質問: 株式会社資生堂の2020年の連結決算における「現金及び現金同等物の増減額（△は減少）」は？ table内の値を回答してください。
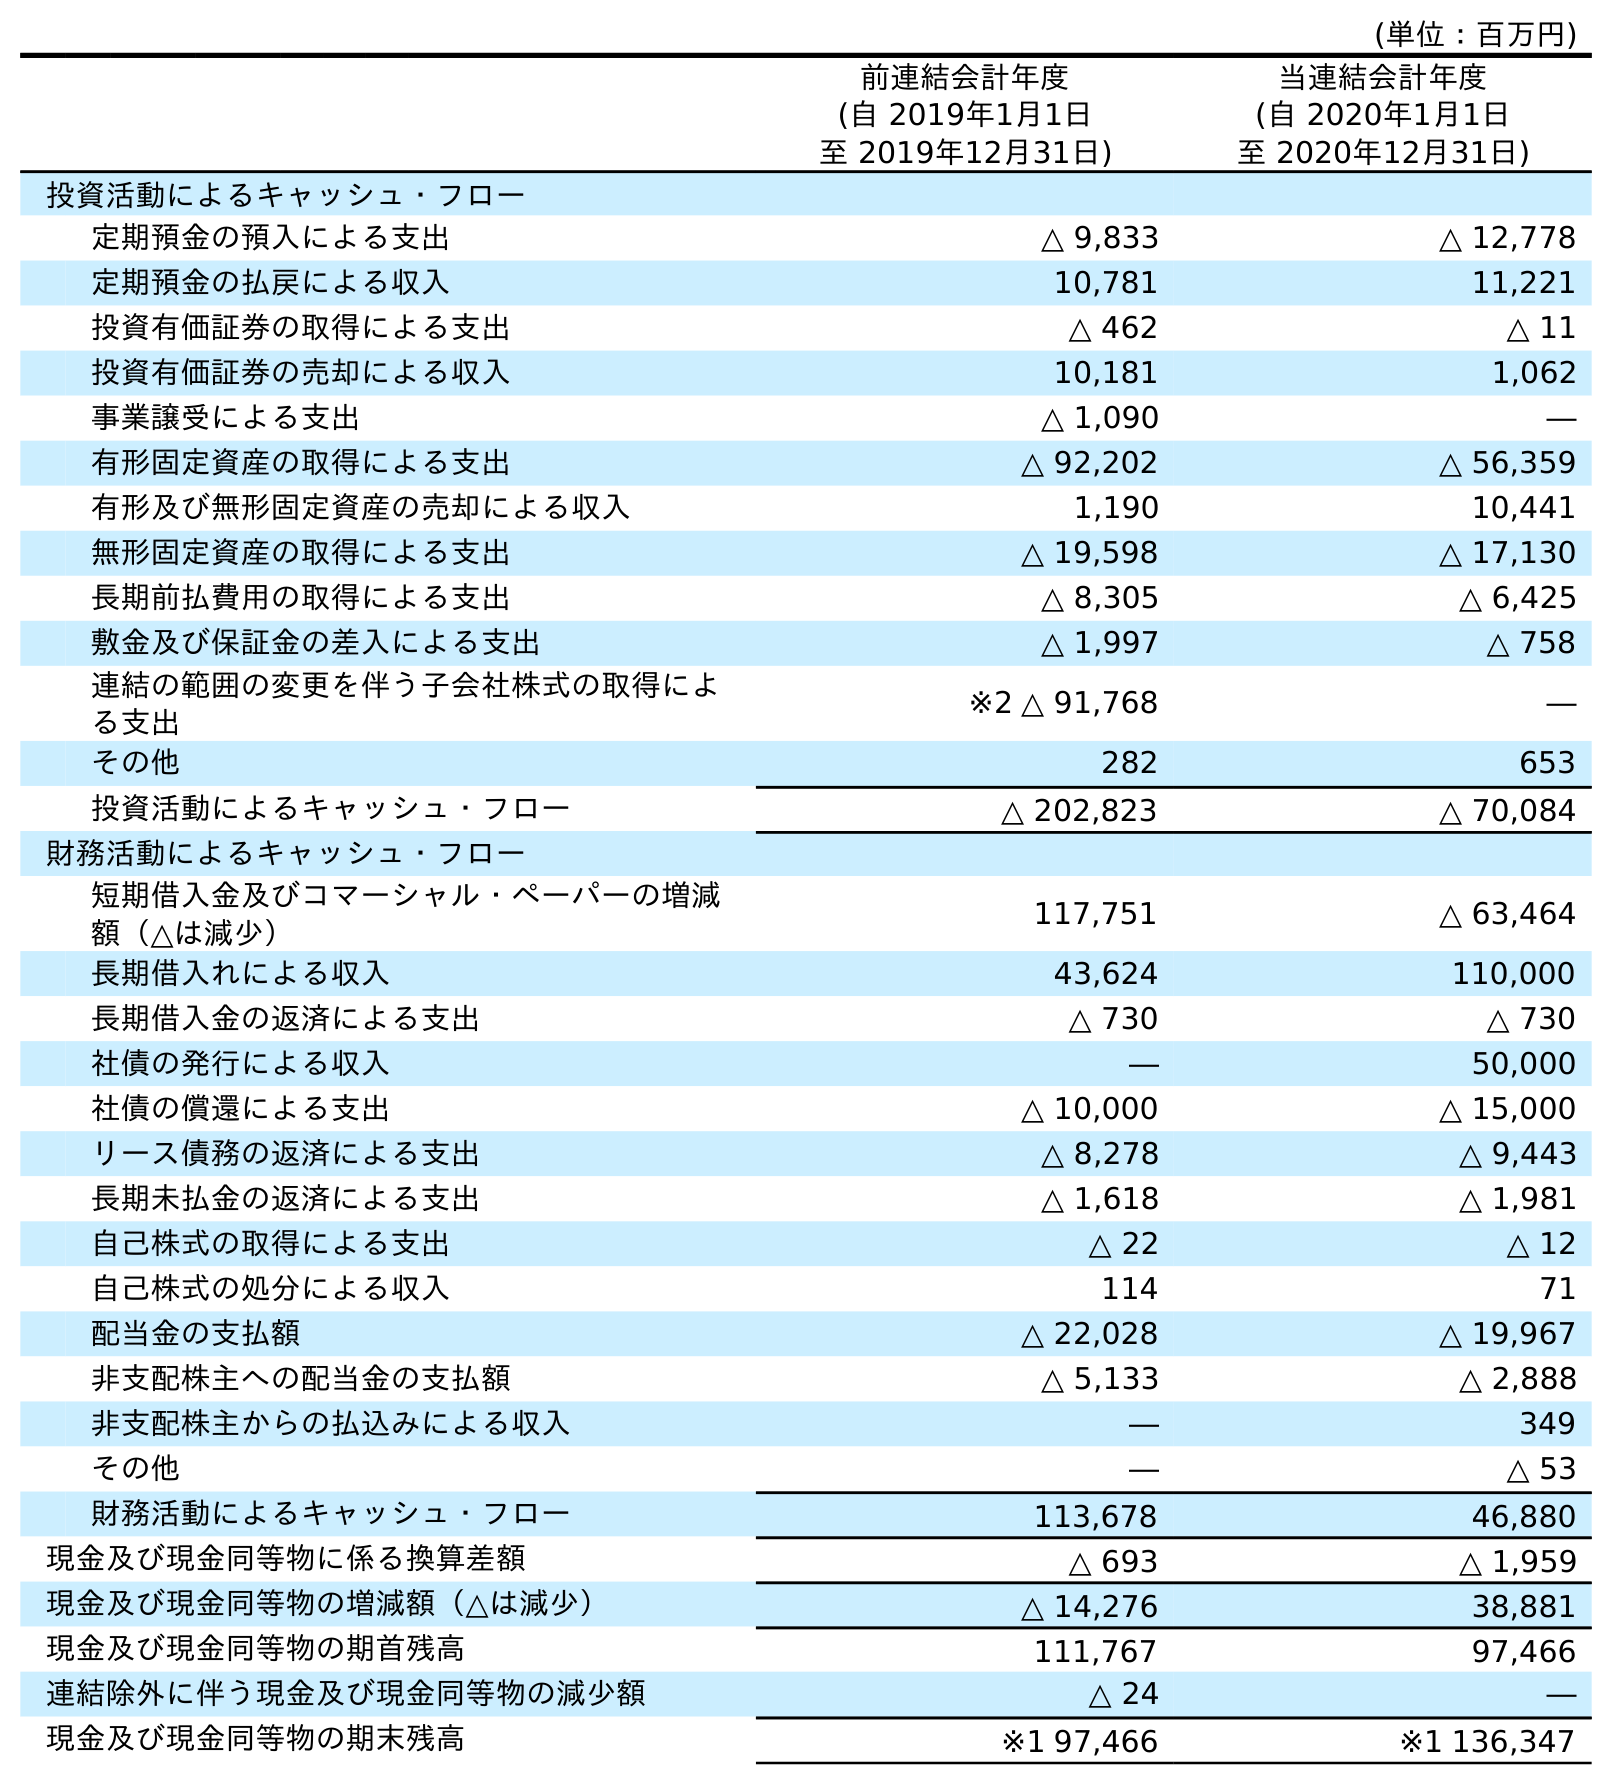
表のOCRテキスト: (単位：百万円) 前連結会計年度 (自 2019年1月1日 至 2019年12月31日) 当連結会計年度 (自 2020年1月1日 至 2020年12月31日) 投資活動によるキャッシュ・フロー 定期預金の預入による支出 △ 9,833 △ 12,778 定期預金の払戻による収入 10,781 11,221 投資有価証券の取得による支出 △ 462 △ 11 投資有価証券の売却による収入 10,181 1,062 事業譲受による支出 △ 1,090 ― 有形固定資産の取得による支出 △ 92,202 △ 56,359 有形及び無形固定資産の売却による収入 1,190 10,441 無形固定資産の取得による支出 △ 19,598 △ 17,130 長期前払費用の取得による支出 △ 8,305 △ 6,425 敷金及び保証金の差入による支出 △ 1,997 △ 758 連結の範囲の変更を伴う子会社株式の取得によ る支出 ※2 △ 91,768 ― その他 282 653 投資活動によるキャッシュ・フロー △ 202,823 △ 70,084 財務活動によるキャッシュ・フロー 短期借入金及びコマーシャル・ペーパーの増減 額（△は減少） 117,751 △ 63,464 長期借入れによる収入 43,624 110,000 長期借入金の返済による支出 △ 730 △ 730 社債の発行による収入 ― 50,000 社債の償還による支出 △ 10,000 △ 15,000 リース債務の返済による支出 △ 8,278 △ 9,443 長期未払金の返済による支出 △ 1,618 △ 1,981 自己株式の取得による支出 △ 22 △ 12 自己株式の処分による収入 114 71 配当金の支払額 △ 22,028 △ 19,967 非支配株主への配当金の支払額 △ 5,133 △ 2,888 非支配株主からの払込みによる収入 ― 349 その他 ― △ 53 財務活動によるキャッシュ・フロー 113,678 46,880 現金及び現金同等物に係る換算差額 △ 693 △ 1,959 現金及び現金同等物の増減額（△は減少） △ 14,276 38,881 現金及び現金同等物の期首残高 111,767 97,466 連結除外に伴う現金及び現金同等物の減少額 △ 24 ― 現金及び現金同等物の期末残高 ※1 97,466 ※1 136,347
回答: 38,881